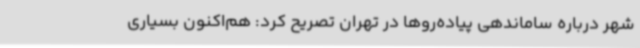
شهر درباره ساماندهی پیاده‌روها در تهران تصریح کرد: هم‌اکنون بسیاری